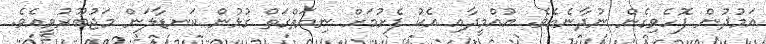
އަމުދުން ފޮހެެވިގެން ނުދާނެއެވެ. އުއްމީދާއި އެކު ފެށުމަށް ނިޔަތްގަތް ގުޅުން ކަނޑާލަން މަޖުބޫރުވީއެވެ.